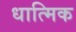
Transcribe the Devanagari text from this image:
धात्मिक